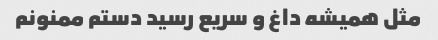
مثل همیشه داغ و سریع رسید دستم ممنونم